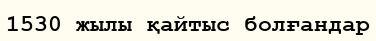
1530 жылы қайтыс болғандар